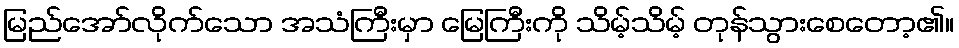
မြည်အော်လိုက်သော အသံကြီးမှာ မြေကြီးကို သိမ့်သိမ့် တုန်သွားစေတော့၏။